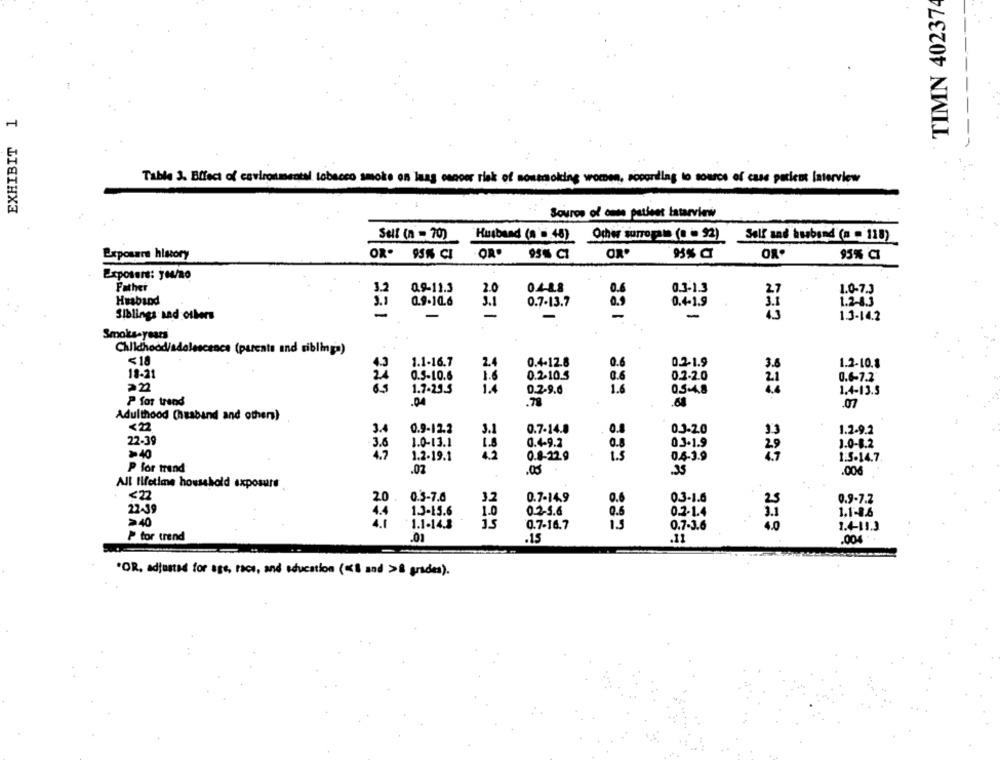
TIMN 402374
EXHIBIT 1
Table 3. Effect of environmental tobacco smoke on laag cancer risk of sommoking women, socordling to source of case patient Interview
Source of one patient tatarview
Self (n - 70)
Husband (a's 48) Other surropile (o = 92) Self sad husband (n = 118)
Exposare history
OR. 95% CI
OR.
95% CI
OR'
OR.
95% CI
Exposers: y04/20
Father
0.9-11.3
2.0
0.4-8.8
1.0-7.3
Husband
0.9-10.6
3.1
0.7-13.7
03:13
1.20.3
Siblings and others
-
351
-
-
-
-
-
1.3-14.2
Smokts-years
Childhood/adolescence (parents and siblinga)
<18
4.3
1.1-16.7
2.4
0.4-12.8
0.6
0.2-1.9
1.2-10.8
18-21
24
0.5-10.6
1.6
0.2.10.5
0.6
0.2-2.0
0.6-7.2
22
1.6
65
1.7-23.5
0.2-9.6
0.5-48
1.4-13.5
P for trend
.00
.78
.68
.07
Adulthood (husband and others)
<22
3.4
0.9-12.2
3.1
0.7-14.8
0.8
0.3-20
1.2.92
22-39
1.0-13.1
0.4-9.2
3.6
0.8
03.1.9
1.0-8.2
>>40
4.7
1.2-19.1
0.8-22.9
0.4-3.9
1:5-14.7
P for trend
.02
.05
.35
.006
All lifetime household exposure
<22
20
0.5-7.6
32
0.7-14.9
03-1.6
0.9-7.2
22-39
4.4
1.3-15.6
1.0
0.2-5.6
0.2.1.4
1.1-86
>40
1.1-14.3
0.7-16.7
882
0.7-3.6
229
1.4-19.3
P tor trend
.01
.15
.11
.004
*OR, adjusted for age, race, and education (<1 and >& grides).